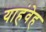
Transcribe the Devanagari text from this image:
याहंवेह